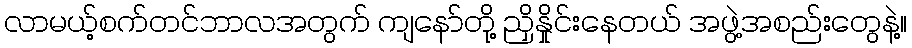
လာမယ့်စက်တင်ဘာလအတွက် ကျနော်တို့ ညှိနှိုင်းနေတယ် အဖွဲ့အစည်းတွေနဲ့။